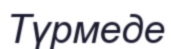
Түрмеде